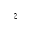
z